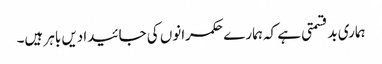
ہماری بدقسمتی ہے کہ ہمارے حکمرانوں کی جائیدادیں باہر ہیں۔